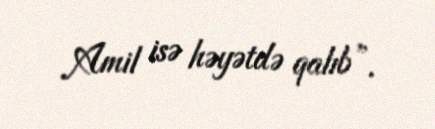
Amil isə həyətdə qalıb”.